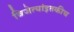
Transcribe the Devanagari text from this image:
विजेत्यांइतकीच